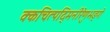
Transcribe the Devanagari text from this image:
क्कचित्पद्मिनीरेणुभङ्गे